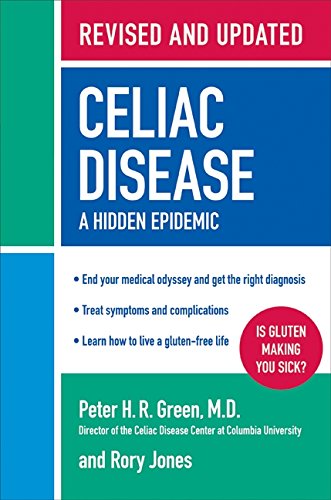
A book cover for Celiac Disease (Revised and Updated Edition): A Hidden Epidemic; Peter H.R., M.D. Green; Health, Fitness & Dieting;